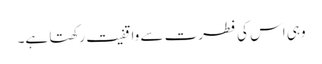
وہی اس کی فطرت سے واقفیت رکھتا ہے۔